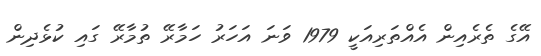
އޭގެ ތެރެއިން އެއްތަރިއަކީ 1979 ވަނަ އަހަރު ހަމާރޭ ތުމާރޭ ގައި ކުޅެދިން